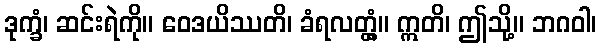
ဒုက္ခံ၊ ဆင်းရဲကို။ ဝေဒယိဿတိ၊ ခံရလတ္တံ့။ ဣတိ၊ ဤသို့။ ဘဂဝါ၊